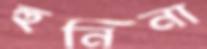
হুনিনা